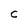
Character: C